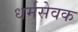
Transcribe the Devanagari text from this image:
धर्मसेवक